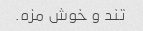
تند و خوش مزه.